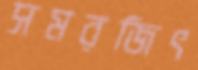
সমরজিৎ